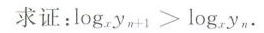
求证:$$log_xy_{n+1}>log_xy_n$$.